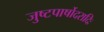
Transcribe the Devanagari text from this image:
जुष्टपार्षोदरादिः